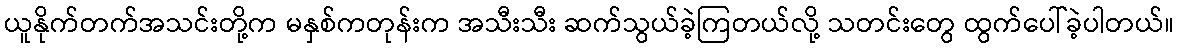
ယူနိုက်တက်အသင်းတို့က မနှစ်ကတုန်းက အသီးသီး ဆက်သွယ်ခဲ့ကြတယ်လို့ သတင်းတွေ ထွက်ပေါ်ခဲ့ပါတယ်။